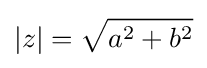
\left|z\right|={\sqrt {a^{2}+b^{2}}}